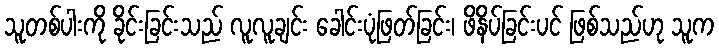
သူတစ်ပါးကို ခိုင်းခြင်းသည် လူလူချင်း ခေါင်းပုံဖြတ်ခြင်း၊ ဖိနိပ်ခြင်းပင် ဖြစ်သည်ဟု သူက